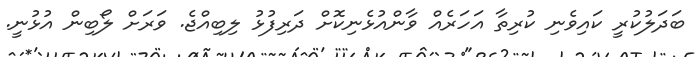
ބަދަލުކުރީ ކައިވެނި ކުރިތާ އަހަރެއް ވާންއުޅެނިކޮށް ދަރިފުޅު ލިބިއްޖެ. ވަރަށް ލޯބިން އުޅުނީ.